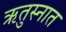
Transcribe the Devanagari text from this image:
ऋतुस्नात